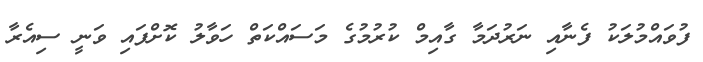
ފުވައްމުލަކު ފެނާއި ނަރުދަމާ ގާއިމް ކުރުމުގެ މަސައްކަތް ހަވާލު ކޮށްފައި ވަނީ ސިއެރާ